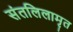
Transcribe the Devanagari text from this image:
संतलिलामृत